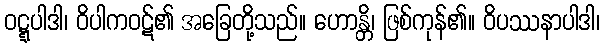
ဝဋ္ဋပါဒါ၊ ဝိပါကဝဋ်၏ အခြေတို့သည်။ ဟောန္တိ၊ ဖြစ်ကုန်၏။ ဝိပဿနာပါဒါ၊